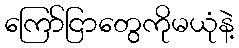
ကြော်ငြာတွေကိုမယုံနဲ့